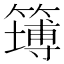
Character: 𥴾